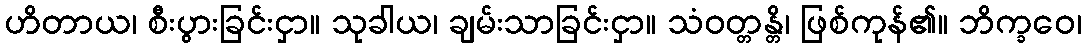
ဟိတာယ၊ စီးပွားခြင်းငှာ။ သုခါယ၊ ချမ်းသာခြင်းငှာ။ သံဝတ္တန္တိ၊ ဖြစ်ကုန်၏။ ဘိက္ခဝေ၊